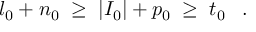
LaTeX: l _ { 0 } + n _ { 0 } \; \geq \; | I _ { 0 } | + p _ { 0 } \; \geq \; t _ { 0 } \; \; \; .